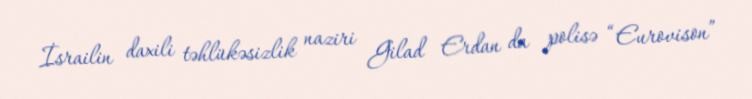
İsrailin daxili təhlükəsizlik naziri Gilad Erdan da polisə “Eurovison”